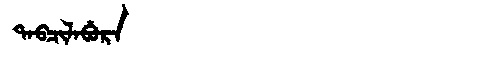
Manchu: ᡨᠠᠪᠴᡳᠯᠠᠪᡠᡵᠠ
Romanization: TABCILABURA